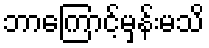
ဘာကြောင့်မှန်းမသိ